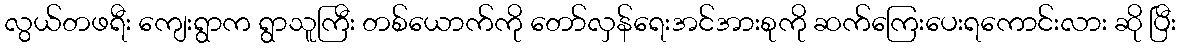
လွယ်တဖရီး ကျေးရွာက ရွာသူကြီး တစ်ယောက်ကို တော်လှန်ရေးအင်အားစုကို ဆက်ကြေးပေးရကောင်းလား ဆို ပြီး